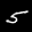
Label: 5